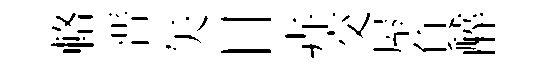
輅晋矢日卉交屋負醉